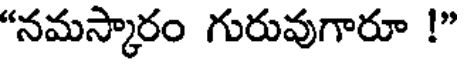
"నమస్కారం గురువుగారూ !"